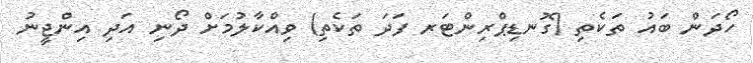
ހޯދަން ބައު ތަކެތި (ގޮނޑިޕްރިންޓަރ ފަދަ ތަކެތި) ވިއްކާލުމަށް ދޯނި އަދި އިންޖީނު